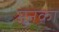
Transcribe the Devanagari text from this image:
मुनका